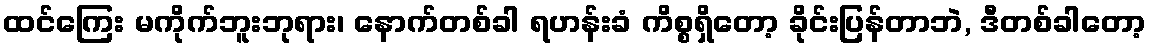
ထင်ကြေး မကိုက်ဘူးဘုရား၊ နောက်တစ်ခါ ရဟန်းခံ ကိစ္စရှိတော့ ခိုင်းပြန်တာဘဲ, ဒီတစ်ခါတော့